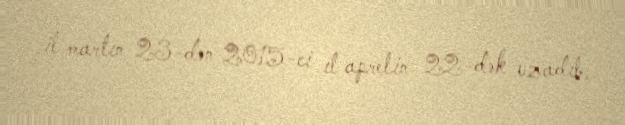
il martın 23-dən 2015-ci il aprelin 22-dək uzadıb.